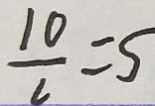
\frac { 1 0 } { 2 } = 5